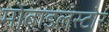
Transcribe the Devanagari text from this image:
मोबाइलस्टोर